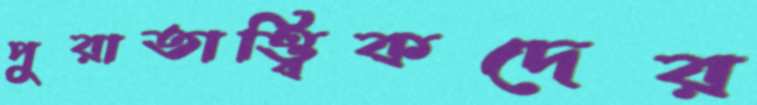
পুরাতাত্ত্বিকদের